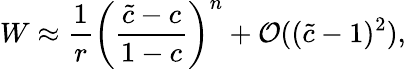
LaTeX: W\approx\frac{1}{r}\left(\frac{\tilde{c}-c}{1-c}\right)^{n}+\mathcal{O}((\tilde{c}-1)^{2}),